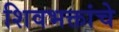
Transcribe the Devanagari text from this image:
शिवभक्तांचे